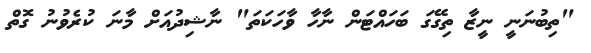
"ތިބުނަނީ ނީޒާ ތިގޭގަ ބަހައްޓަން ނާހާ ވާހަކަތަ" ނާޝިދުއަށް މާނަ ކުރެވުނު ގޮތް